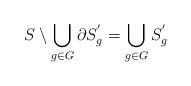
LaTeX: \begin{align*}S\setminus \bigcup\limits_{g\in G} \partial S^{'}_{g}=\bigcup\limits_{g\in G} S^{'}_{g}\end{align*}